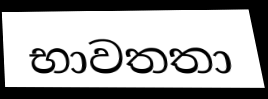
භාවතතා